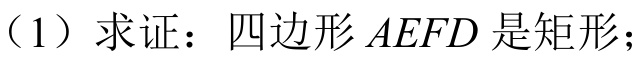
(1) 求证：四边形\(AEFD\)是矩形；